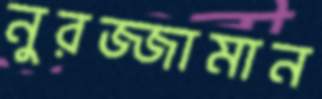
নুরজ্জামান